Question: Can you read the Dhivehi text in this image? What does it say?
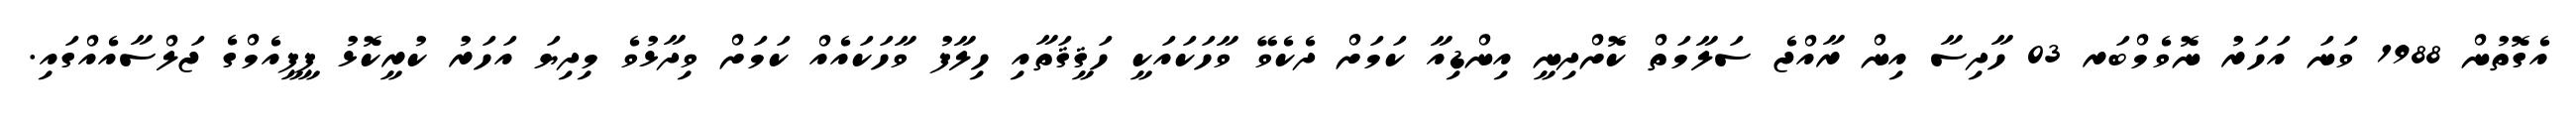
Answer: އެގޮތުން 1988 ވަނަ އަހަރު ނޮވެމްބަރ 03 ހާދިސާ އިން ރާއްޖެ ސަލާމަތް ކޮށްދިނީ އިންޑިއާ ކަމަށް ދެކެވޭ ވާހަކައަކީ ހަޤީޤަތާއި ހިލާފު ވާހަކައެއް ކަމަށް ވިދާޅުވެ މިދިޔަ އަހަރު ކުރީކޮޅު ޕީޕީއެމްގެ ޖަލްސާއެއްގައި.